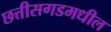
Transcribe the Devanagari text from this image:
छत्तीसगडमधील